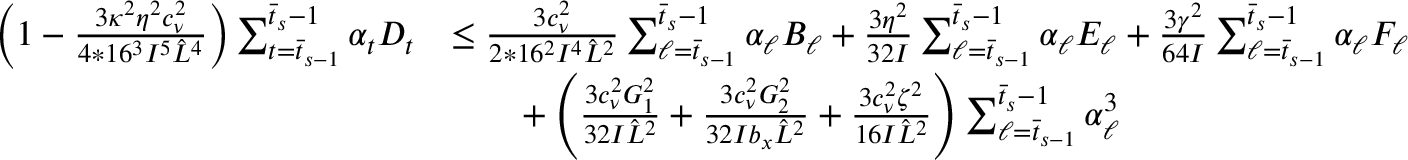
\begin{array} { r l } { \bigg ( 1 - \frac { 3 \kappa ^ { 2 } \eta ^ { 2 } c _ { \nu } ^ { 2 } } { 4 * 1 6 ^ { 3 } I ^ { 5 } \hat { L } ^ { 4 } } \bigg ) \sum _ { t = \bar { t } _ { s - 1 } } ^ { \bar { t } _ { s } - 1 } \alpha _ { t } D _ { t } } & { \leq \frac { 3 c _ { \nu } ^ { 2 } } { 2 * 1 6 ^ { 2 } I ^ { 4 } \hat { L } ^ { 2 } } \sum _ { \ell = \bar { t } _ { s - 1 } } ^ { \bar { t } _ { s } - 1 } \alpha _ { \ell } B _ { \ell } + \frac { 3 \eta ^ { 2 } } { 3 2 I } \sum _ { \ell = \bar { t } _ { s - 1 } } ^ { \bar { t } _ { s } - 1 } \alpha _ { \ell } E _ { \ell } + \frac { 3 \gamma ^ { 2 } } { 6 4 I } \sum _ { \ell = \bar { t } _ { s - 1 } } ^ { \bar { t } _ { s } - 1 } \alpha _ { \ell } F _ { \ell } } \\ & { \qquad + \left( \frac { 3 c _ { \nu } ^ { 2 } G _ { 1 } ^ { 2 } } { 3 2 I \hat { L } ^ { 2 } } + \frac { 3 c _ { \nu } ^ { 2 } G _ { 2 } ^ { 2 } } { 3 2 I b _ { x } \hat { L } ^ { 2 } } + \frac { 3 c _ { \nu } ^ { 2 } \zeta ^ { 2 } } { 1 6 I \hat { L } ^ { 2 } } \right) \sum _ { \ell = \bar { t } _ { s - 1 } } ^ { \bar { t } _ { s } - 1 } \alpha _ { \ell } ^ { 3 } } \end{array}